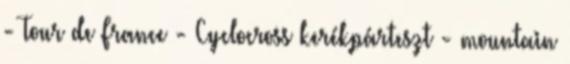
- Tour de France - Cyclocross kerékpárteszt - mountain